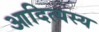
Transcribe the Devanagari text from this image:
आदित्यस्य